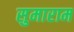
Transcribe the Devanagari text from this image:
सुमाराम